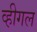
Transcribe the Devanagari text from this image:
व्हीगल